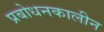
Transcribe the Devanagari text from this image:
प्रबोधनकालीन